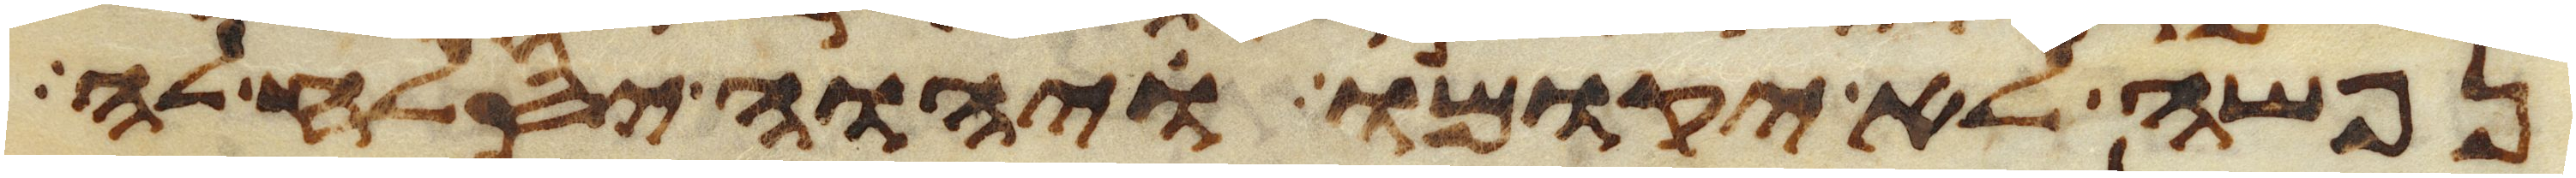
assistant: נפשה לא יקומו ויהוה יסלח לה